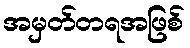
အမှတ်တရအဖြစ်